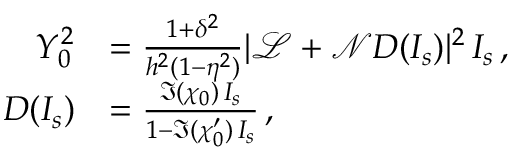
\begin{array} { r l } { Y _ { 0 } ^ { 2 } } & { = \frac { 1 + \delta ^ { 2 } } { h ^ { 2 } ( 1 - \eta ^ { 2 } ) } | \mathcal { L } + \mathcal { N } D ( I _ { s } ) | ^ { 2 } \, I _ { s } \, , } \\ { D ( I _ { s } ) } & { = \frac { \Im { ( \chi _ { 0 } ) } \, I _ { s } } { 1 - \Im { ( \chi _ { 0 } ^ { \prime } ) } \, I _ { s } } \, , } \end{array}